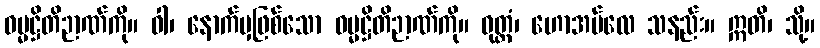
ဓမ္မဋ္ဌိတိဉာဏ်ကို။ ဝါ၊ နောက်မှဖြစ်သော ဓမ္မဋ္ဌိတိဉာဏ်ကို။ ဝုတ္တံ၊ ဟောအပ်လေ သနည်း။ ဣတိ၊ သို့။